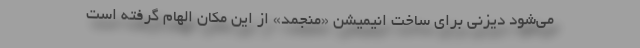
می‌شود دیزنی برای ساخت انیمیشن «منجمد» از این مکان الهام گرفته است